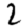
Digit: 2